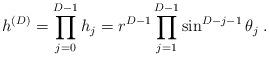
LaTeX: \begin{align*}h^{({D})} = \prod^{{D-1}}_{j=0} h_{j} =r^{{D}-1}\prod^{{D}-1}_{j=1}\sin^{{D}-j-1 }\theta_{j}\; .\end{align*}